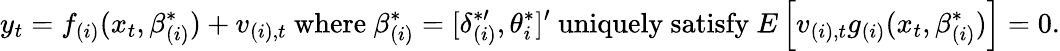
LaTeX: y_{t}=f_{(i)}(x_{t},\beta_{(i)}^{\ast})+v_{(i),t}\mathrm{~where~}\beta_{(i)}^{\ast}=[\delta_{(i)}^{\ast\prime},\theta_{i}^{\ast}]^{\prime}\mathrm{~uniquely~satisfy~}E\left[v_{(i),t}g_{(i)}(x_{t},\beta_{(i)}^{\ast})\right]=0.